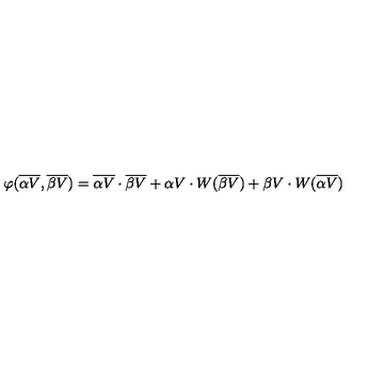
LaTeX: \varphi ( { \overline { { \alpha V } } } , { \overline { { \beta V } } } ) = { \overline { { \alpha V } } } \cdot { \overline { { \beta V } } } + { \alpha V } \cdot W ( { \overline { { \beta V } } } ) + { \beta V } \cdot W ( { \overline { { \alpha V } } } )